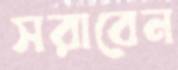
সরাবেন